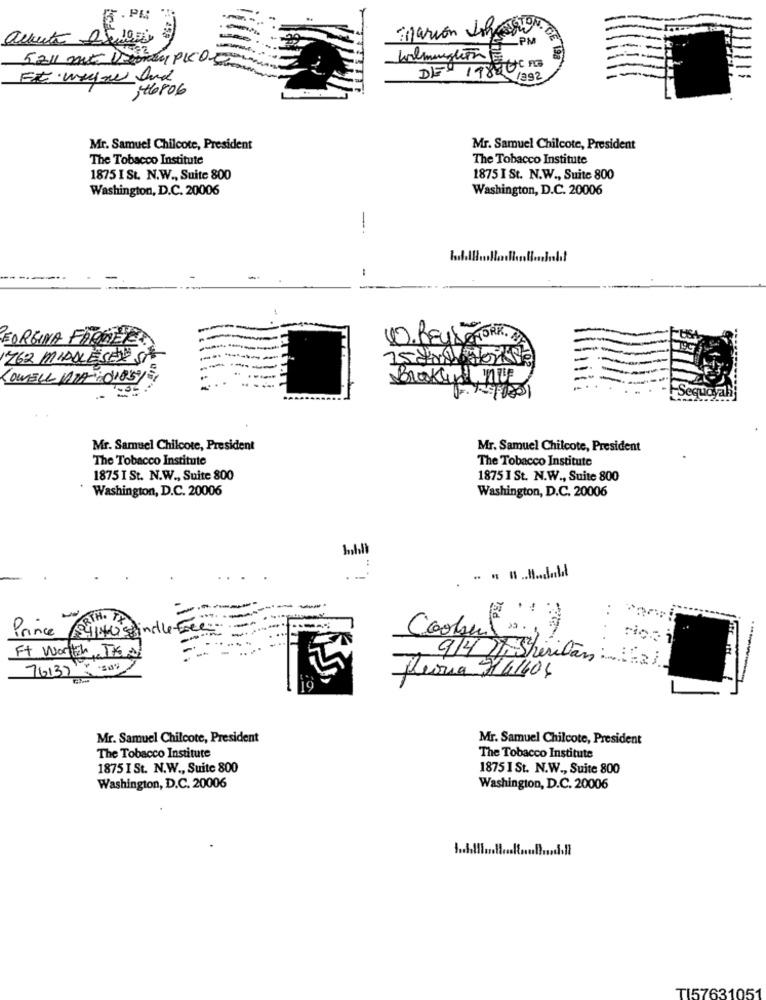
Marion Imais
Quete Dubai
SPM
5211 mt Deonay PICO.3
DE 19800013
346806
Mr. Samuel Chilcote, President
Mr. Samuel Chilcote, President
The Tobacco Institute
The Tobacco Institute
1875 I St. N.W ., Suite 800
1875 I St. N.W ., Suite 800
Washington, D.C. 20006
Washington, D.C. 20006
--
FORGINA FARINE
10.REUSEYORK. »
762 MIDDLESEN ST
LOWELL PRA :0105/
Braku nie
Mr. Samuel Chilcote, President
Mr. Samuel Chilcote, President
The Tobacco Institute
The Tobacco Institute
1875 I St. N.W ., Suite 800
1875 1 St. N.W ., Suite 800
Washington, D.C. 20006
Washington, D.C. 20006
FORTH. TA
Prince
134140 Spindle-free
Cooler( .)
Ft Worth THE
9/4 ), Sheridan ....
76137 50,
fleoria 7141404
Mr. Samuel Chilcote, President
Mr. Samuel Chilcote, President
The Tobacco Institute
The Tobacco Institute
1875 I St. N.W ., Suite 800
1875 I St. N.W ., Suite 800
Washington, D.C. 20006
Washington, D.C. 20006
TI57631051